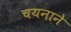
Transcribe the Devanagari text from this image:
चयनाने